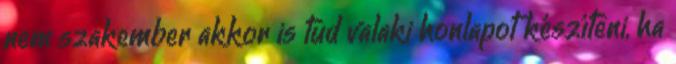
nem szakember akkor is tud valaki honlapot készíteni, ha